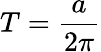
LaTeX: T={\frac{a}{2\pi}}